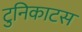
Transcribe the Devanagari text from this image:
टुनिकाटस